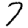
Digit: 7